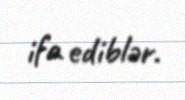
ifa ediblər.